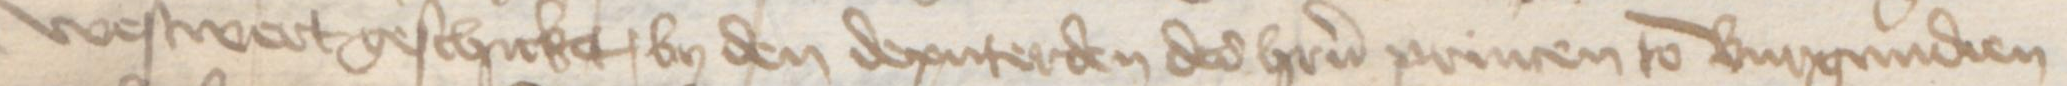
westwert geschicket, by den deputerden des heren princen to Burgundien